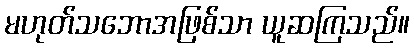
မဟုတ်သဘောအဖြစ်သာ ယူဆကြသည်။